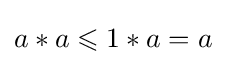
a*a\leqslant 1*a=a